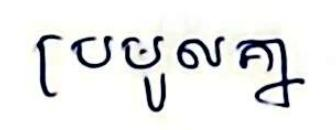
ប្រមូលគ្នា